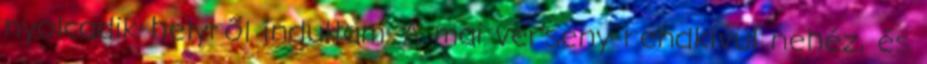
nyolcadik helyről indultam. A mai verseny rendkívül nehéz, és